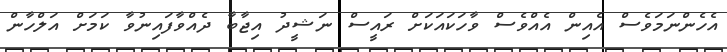
އެހެންނަމަވެސް އެއިން އެއްވެސް ވާހަކައަކަށް ރައީސް ނަޝީދު އިޖާބާ ދެއްވާފައިނުވާ ކަމަށް އަލްހާން